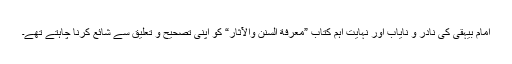
امام بیہقی کی نادر و نایاب اور نہایت اہم کتاب ”معرفة السنن والآثار“ کو اپنی تصحیح و تعلیق سے شائع کرنا چاہتے تھے۔